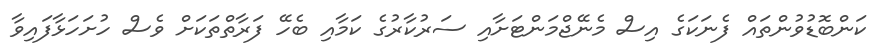
ކަންބޮޑުވުންތައް ފެނަކަގެ އިސް މެނޭޖްމަންޓަށާއި ސަރުކާރުގެ ކަމާއި ބެހޭ ފަރާތްތަކަށް ވެސް ހުށަހަޅާފައިވާ